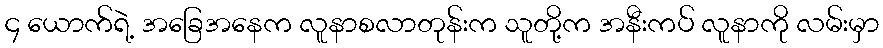
၄ ယောက်ရဲ့ အခြေအနေက လူနာစလာတုန်းက သူတို့က အနီးကပ် လူနာကို လမ်းမှာ